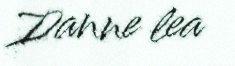
Danne lea